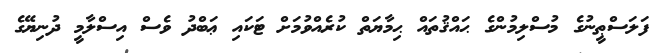
ފަލަސްޠީނުގެ މުސްލިމުންގެ ޙައްޤުތައް ޙިމާޔަތް ކުރެއްވުމަށް ޓަކައި ޢަބްދު ވެސް އިސްލާމީ ދުނިޔޭގެ